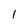
Character: l